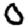
Digit: 0